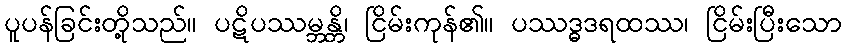
ပူပန်ခြင်းတို့သည်။ ပဋိပဿမ္ဘန္တိ၊ ငြိမ်းကုန်၏။ ပဿဒ္ဓဒရထဿ၊ ငြိမ်းပြီးသော